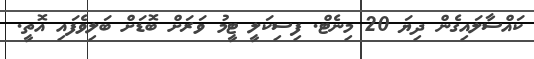
ކައްސާލައިގެން ދިޔަ 20 މިނެޓް. ފިސިކަލީ ޓީމު ވަރަށް ބޮޑަށް ބަލިވެފައި އޮތީ.